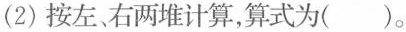
(2)按左、右两堆计算，算式为( )。